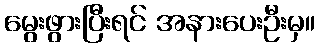
မွေးဖွားပြီးရင် အနားပေးဦးမှ။